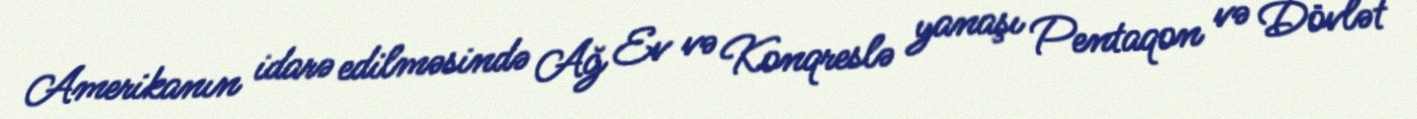
Amerikanın idarə edilməsində Ağ Ev və Konqreslə yanaşı Pentaqon və Dövlət